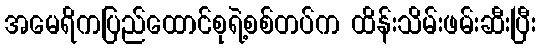
အမေရိကပြည်ထောင်စုရဲ့စစ်တပ်က ထိန်းသိမ်းဖမ်းဆီးပြီး